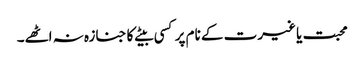
محبت یا غیرت کے نام پر کسی بیٹے کا جنازہ نہ اٹھے۔